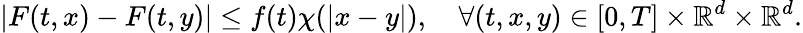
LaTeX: |F(t,x)-F(t,y)|\leq f(t)\chi(|x-y|),\quad\forall(t,x,y)\in[0,T]\times\mathbb{R}^{d}\times\mathbb{R}^{d}.